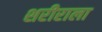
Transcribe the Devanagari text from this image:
शरीराला